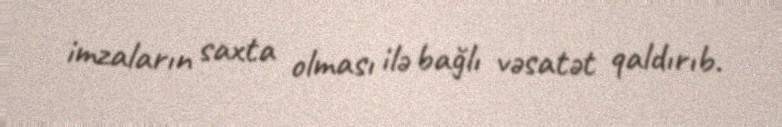
imzaların saxta olması ilə bağlı vəsatət qaldırıb.